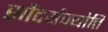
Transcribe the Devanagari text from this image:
सौंदर्यज्योति